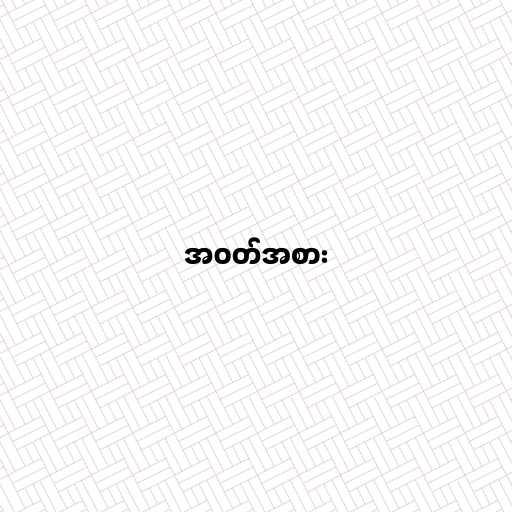
အဝတ်အစား